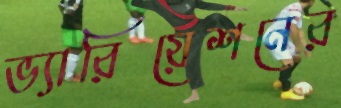
ভ্যারিয়েশনের